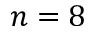
n = 8